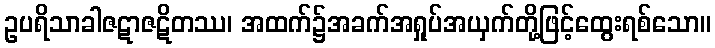
ဥပရိသာခါဇဋာဇဋိတဿ၊ အထက်၌အခက်အရှုပ်အယှက်တို့ဖြင့်ထွေးရစ်သော။